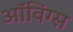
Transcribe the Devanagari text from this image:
ऑविंग्स